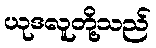
ယုဒလူတို့သည်